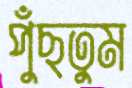
পুঁছতুম